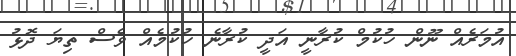
އުމަރެއް ނޫން ހުކުމް ކުރާނީ އަދީ ކުރާނެ ހުކުމެއް ވެސް ތިޔަ ދޮޅު